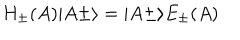
H _ { \pm } ( A ) \vert A \pm \rangle = \vert A \pm \rangle E _ { \pm } ( A )